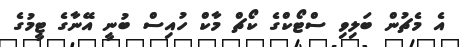
އެ މެޗުން ބަލިވި ސްޓޯކްގެ ކޯޗް މާކް ހުއިސް ބުނީ އޭނާގެ ޓީމުގެ